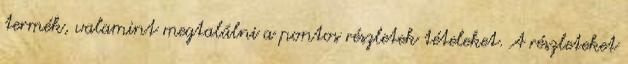
termék, valamint megtalálni a pontos részletek tételeket. A részleteket